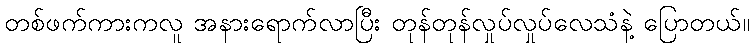
တစ်ဖက်ကားကလူ အနားရောက်လာပြီး တုန်တုန်လှုပ်လှုပ်လေသံနဲ့ ပြောတယ်။